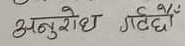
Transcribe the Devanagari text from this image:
अनुरोध गटदैँ